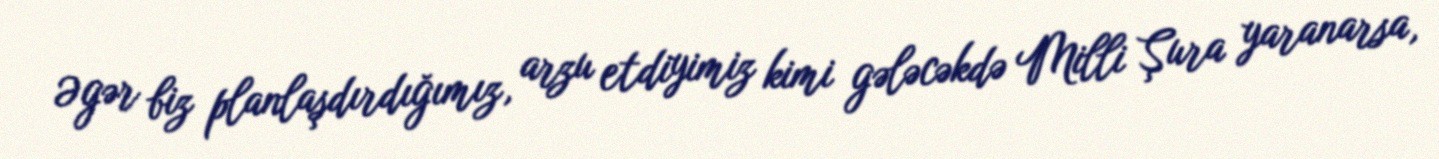
Əgər biz planlaşdırdığımız, arzu etdiyimiz kimi gələcəkdə Milli Şura yaranarsa,